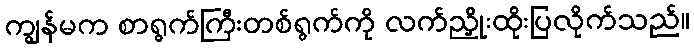
ကျွန်မက စာရွက်ကြီးတစ်ရွက်ကို လက်ညှိုးထိုးပြလိုက်သည်။